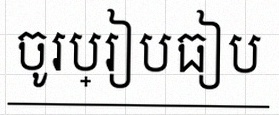
ចូរប្រៀបធៀប